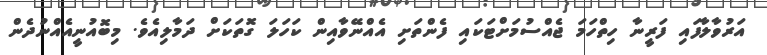
އަރުވާލާފައި ފަރީނާ ހިތްހަމަ ޖެއްސުމަށްޓަކައި ފެންތަށި އެއްނޭވާއިން ކަހަލަ ގޮތަކަށް ދަމާލިއެވެ. މިބޮއުނީއެއްނުދެން